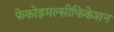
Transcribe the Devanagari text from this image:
फेकोइमल्सीफिकेशन